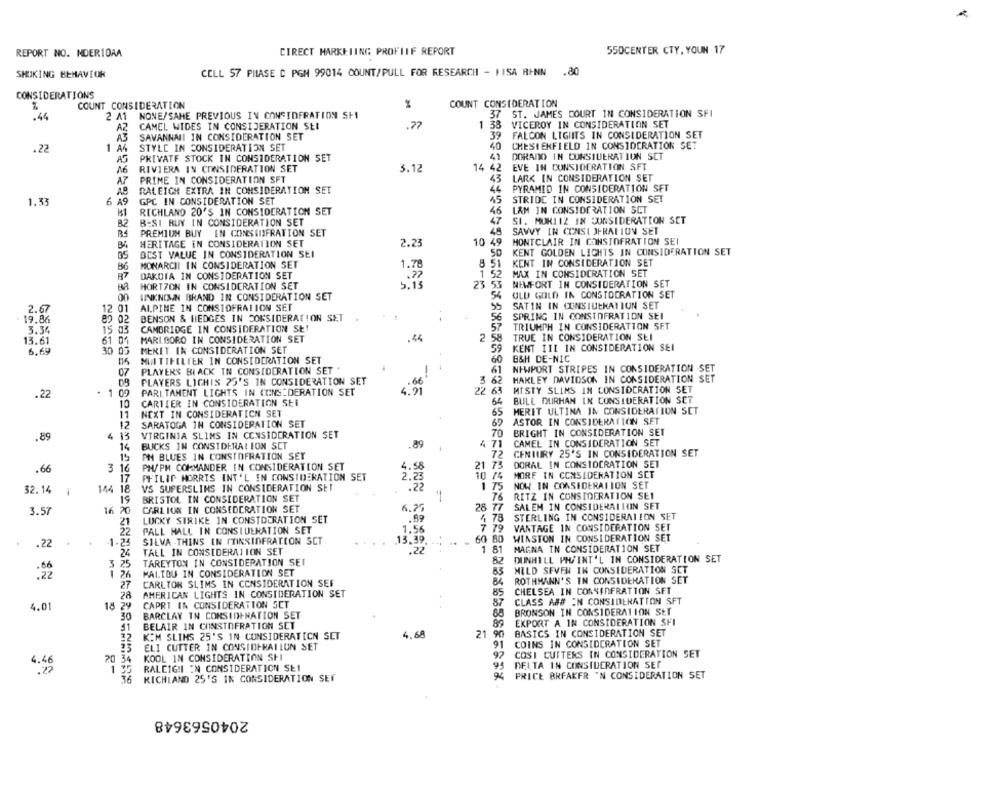
REPORT NO. NDERIDAA
DIRECT MARKETING PROFIIF REPORT
550CENTER CTY, YOUN 17
CELL 57 PILASE C PGM 99014 COUNT/PULL FOR RESEARCHI - HISA RINN .80
SHOKING BEHAVIOR
CONSIDERATIONS
COUNT CONSIDERATION
COUNT CONSIDERATION
.44
2 41
NONE/SAHE PREVIOUS IN CONSIDERATION SH
37 ST. JAMES COURT IN CONSIDERATION SFI
AZ
CAMEL WIDES IN CONSIDERATION SEI
.77
1
33
VICEROY IN CONSIDERATION SET
A3
39
FALCON LIGHTS IN CONSIDERATION SET
SAVANNAII IN CONSIDERATION SET
.22
STYLE IN CONSIDERATION SET
40
CHESTERFIELD IN CONSIDERATION SET
AG
PRIVATF STOCK IN CONSIDERATION SET
41
DORADO IN CONSIDERATION SCT
EVE IN CONSIDERATION SFT
M6
RIVIERA IN CONSIDERATION SET
3.12
14 42
A7
PRIME IN CONSIDERATION SFT
43
LARK IN CONSIDERATION SET
RALEIGH EXTRA IN CONSIDERATION SET
46
PYRAMID IN CONSIDERATION SFT
STRIDE IN CONSIDERATION SET
1.33
6 A9
GPC IN CONSIDERATION SET
45
RICHLAND 20'S IN CONSIDERATION SET
46
L&M IN CONSIDERATION SET
BESI RUY IN CONSIDERATION SET
SI. MUKIIZ IN CONSIDERATION SET
B2
PREMIUM BUY IN CONSTIFRATION SET
SAVVY IN CONSI OFRALION SET
HERITAGE IN CONSIDERATION SET
2.23
10 49
MONTCLAIR IN CONSIOFRATION SEI
BEST VALUE IN CONSIDERATION SEI
50
KENT GOLDEN LICHTS IN CONSIDERATION SET
35
8
B6
MONARCHI IN CONSIDERATION SET
KENT IN CONSIDERATION SET
B7
DAKOTA IN CONSIDERATION SET
MAX IN CONSIDERATION SET
HORTZON IN CONSIDERATION SET
23
NEWFORT IN CONSIDERATION SET
OLD GOLD IN CONSIDERATION SET
00
UNKNOWN BRAND IN CONSIDERATION SET
12
ALPINE IN CONSTOFRATION SET
SATIN IN CONSIULKATIUN SET
2.67
SPRING IN CONSIOFRATION SEI
19.86
82 02
BENSON & HEDGES IN CONSIDERATION SET
TRIUMPH IN CONSIDERATION SET
3.34
15 03
CAMBRIDGE IN CONSIDERATION SE!
13.61
61 0
MARLBORO IN CONSIDERATION SET
2 5
TRUE IN CONSIDERATION SEI
KENT III IN CONSIDERATION SEI
6,69
30 0
MERIT Ik CONSIDERATION SET
B&H DE-NIC
MUITIFILTER IN CONSIDERATION SET
60
PLAYERS BI ACK IN CONSIDERATION SET
NEWPORT STRIPES IN CONSIDERATION SET
PLAYERS LIGHIS 25'S IN CONSIDERATION SET
3 62
HARLEY DAVIDSON IN CONSIDERATION SET
MISTY SLIMS IN CONSIDERATION SET
.22
. 1 09
PARI. TAMENT LIGHTS IN CONSIDERATION SET
4. 91
22 63
CARTIER IN CONSIDERATION Sti
64
BULL DURHAN IN CONSIDERATION SET
10
65 MERET ULTINA IN CONSIDERATION SET
11
NEXT IN CONSIDERATICN SET
65
ASTOR IN CONSIDERATION SET
12
SARATOGA IN CONSIDERATION SET
65
.89
4 13
VIRGINIA SLIMS IN CONSIDERATION SET
70
BRIGHT IN CONSIDERATION SET
4.71
CAMEL IN CONSIDERATION SET
14
BUCKS IN CONSIDERATION SCT
.89
15
PH BLUES IN CONSTOFRATION SET
72
CENTURY 25'S IN CONSIDERATION SET
.66
PH/PH COMMANDER IN CONSIDERATION SET
21 73
DORAL IN CONSIDERATION SET
3 16
2.23
10 74 MORE IN CONSIDERATION SET
17
PHILIP MORRIS INT'L IN CONSIDERATION SET
32.14
1
144 18
VS SUPERSLINS IN CONSIDERATION SET
:22
1 75
NOW IN CONSIDERATION SET
BRISTOL IN CONSIDERATION SET
76
RITZ IN CONSIDERATION SE1
19
28 77
SALEM IN CONSIDERAILKIN SET
3.57
16 X
CARLION IN CONSIDERATION SET
6.25
21
LUCKY STRIKE IN CONSIDERATION SET
.59
4 78
STERLING IN CONSIDERATION SET
22
PALL HALL IN CONSIDERATION SET
1.56
7 79
VANTAGE IN CONSIDERATION SET
13.39
60 80
WINSTON IN CONSIDERATION SET
.22
1.24
SILVA -THINS IN COINSINFRATION SCT
24
TALL IN CONSIDERATION SET
.22
1 81
MAGNA IN CONSIDERATION SET
3 25
TAREYTON IN CONSIDERATION SEI
82
DUNHILL PH/INT'L IN CONSIDERATION SET
MALIDU IN CONSIDERATION SET
83
MILD SEVEN IN CONSIDERATION SET
:22
1 76
27
CARLTON SLIMS IN CONSIDERATION SEF
84
ROTHMANN'S IN CONSIDERATION SET
28
AMERICAN LIGHTS IN CONSIDERATION SET
85
CHELSEA IN CONSINFRATION SET
87
CLASS AN# IN CONSIDERATION SFT
4.01
18 29
CAPRI IN CONSIDERATION SCT
30
BARCLAY IN CORSIDINATION SET
88
BRONSON IN CONSIDERATION SET
BELAIR IN CONSTOFRATION SET
89
EXPORT A IN CONSIDERATION SFI
41
4.68
21
BASICS IN CONSIDERATION SET
KOM SLIMS 25'S IN CONSIDERATICN SET
ELI CUTTER IN CONSIDERAILUN SET
91
COINS IN CONSIDERATION SET
20 34
KOOL IN CONSIDERATION SHI
92
COSI CUTTERS IN CONSIDERATION SET
1.46
94
DELTA IN CONSIDERATION SET
RALEIGH IN CONSIDERATION SE1
36
RICHLAND 25'S IN CONSIDERATION SET
PRICE BREAKFR 'N CONSIDERATION SET
2040563648